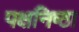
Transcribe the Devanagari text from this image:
पक्षनिष्ठा